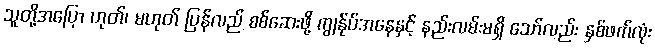
သူတို့အပြော ဟုတ်၊ မဟုတ် ပြန်လည် စစ်ဆေးဖို့ ကျွန်ုပ်အနေနှင့် နည်းလမ်းမရှိ သော်လည်း နှစ်ဖက်လုံး